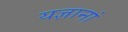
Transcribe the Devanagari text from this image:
यज्ञानां